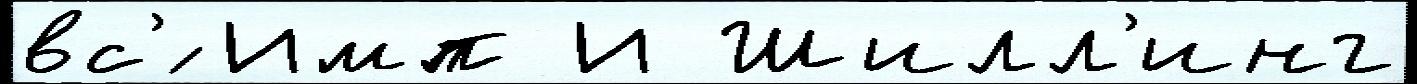
вс'́ Имп И Шилл'инг